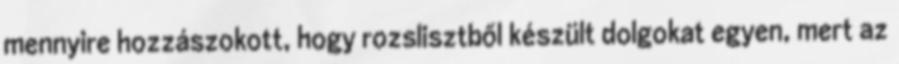
mennyire hozzászokott, hogy rozslisztből készült dolgokat egyen, mert az